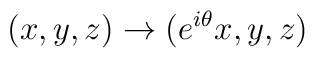
(x,y,z) \to (e^{i \theta}x,y,z)